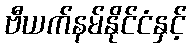
ဗီယက်နမ်နိုင်ငံနှင့်